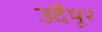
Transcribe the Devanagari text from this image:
उदैपूर